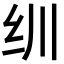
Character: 𬘓